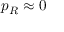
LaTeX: p _ { R } \approx 0